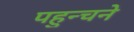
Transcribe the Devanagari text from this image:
पहुन्चने